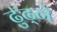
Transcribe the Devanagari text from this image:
ढु॑ढ्ने